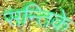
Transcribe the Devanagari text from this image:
सन्तिके